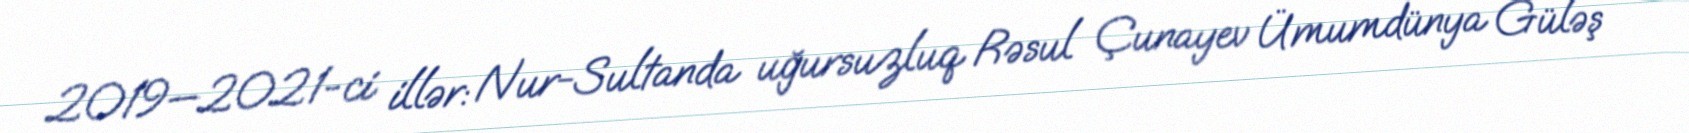
2019—2021-ci illər: Nur-Sultanda uğursuzluq Rəsul Çunayev Ümumdünya Güləş